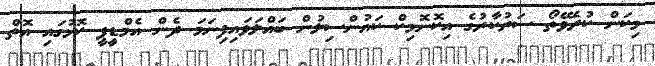
މިކަން ކުރެވޭތޯ ސަރުކާރުގެ އިކޮނޮމިކް ކައުންސިލުން ބައްލަވައިފިނަމަ ދެން އެމްޑީޕީ ކޮޅުގައި އޮތް